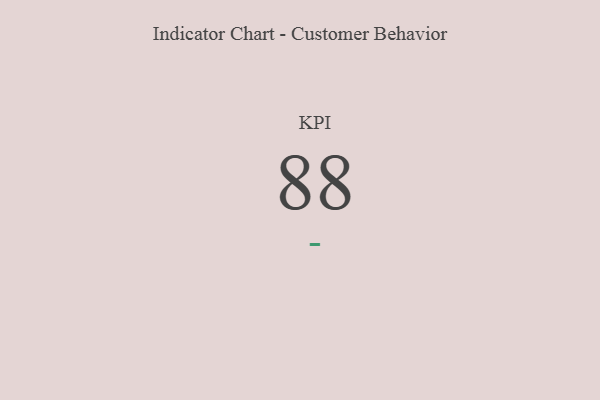
{"axis": {"x": "KPI", "y": "Value"}, "legend": [""], "data": [{"x": "KPI", "y": 88, "type": ""}]}